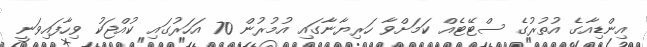
އިންޑިއާގެ އުތުރުގެ ސްޓޭޓެއް ކަމަށްވާ ހަރިޔާނާގައި އުމުރުން 70 އަހަރުގައި ކުއްޖަކު ވިހާފައިވަނީ